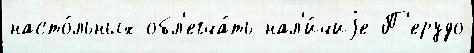
насто́льных обл'егча́ть нал'и́чиjе П'ерудо